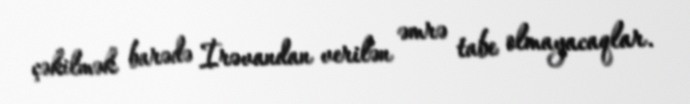
çəkilmək barədə İrəvandan verilən əmrə tabe olmayacaqlar.